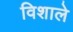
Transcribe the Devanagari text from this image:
विशाले